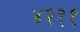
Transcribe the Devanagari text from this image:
४२११